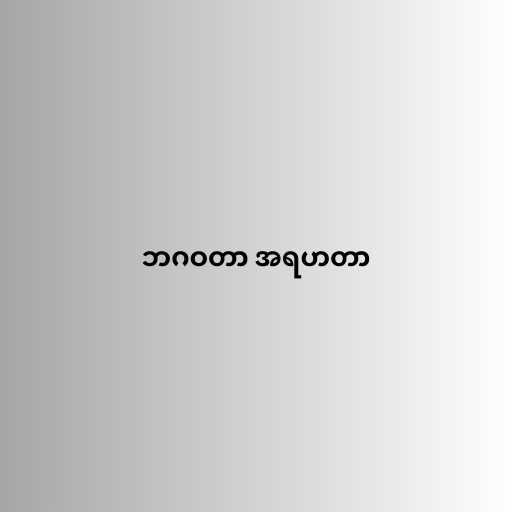
ဘဂဝတာ အရဟတာ